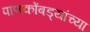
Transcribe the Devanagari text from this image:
पाणकोंबड्यांच्या